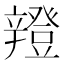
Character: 𨐸